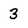
Character: 3